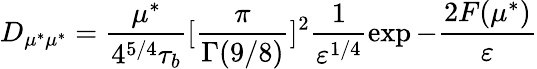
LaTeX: D_{\mu^{*}\mu^{*}}=\frac{\mu^{*}}{4^{5/4}\tau_{b}}\lbrack\frac{\pi}{\Gamma(9/8)}\rbrack^{2}\frac{1}{\varepsilon^{1/4}}\exp-\frac{2F(\mu^{*})}{\varepsilon}